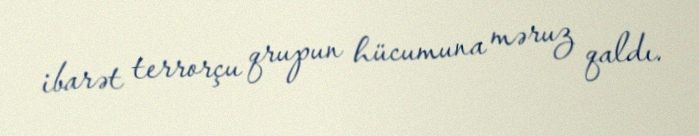
ibarət terrorçu qrupun hücumuna məruz qaldı.